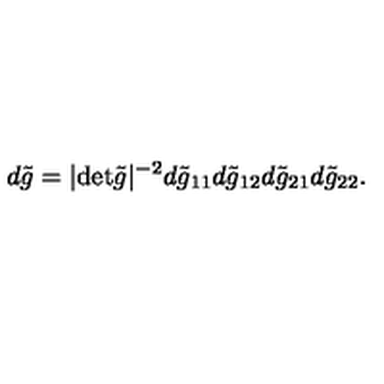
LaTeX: d \tilde { g } = | \mathrm { d e t } \tilde { g } | ^ { - 2 } d \tilde { g } _ { 1 1 } d \tilde { g } _ { 1 2 } d \tilde { g } _ { 2 1 } d \tilde { g } _ { 2 2 } .